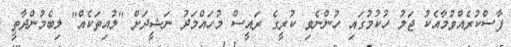
ފާސްކުރެއްވުމާއެކު ޖަލު ހުކުމުގައި ހުންނެވި ކުރީގެ ރައީސް މުހައްމަދު ނަޝީދަށް "ލުއިތަކެއް" ލިބެމުންދާތީ